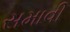
સમાવી